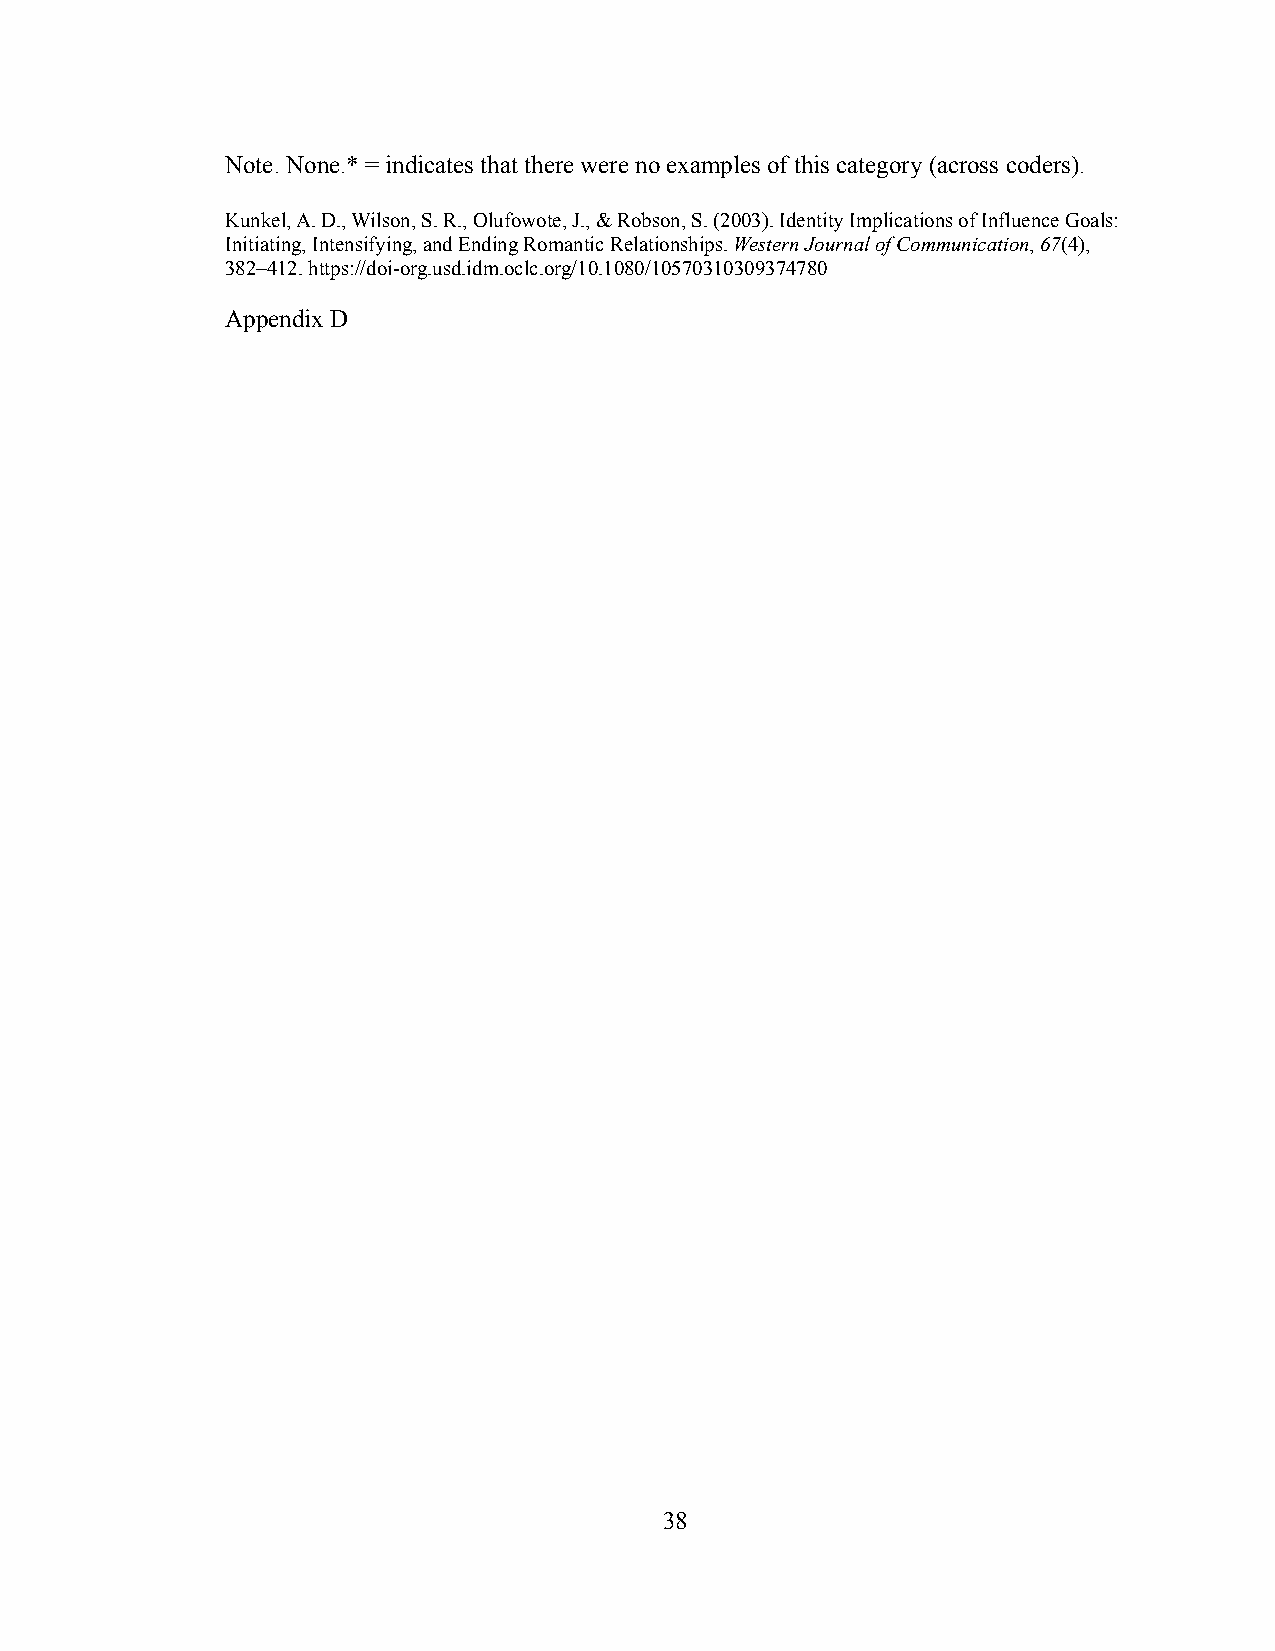
Note. None.* = indicates that there were no examples of this category (across coders).
 Kunkel, A. D., Wilson, S. R., Olufowote, J., & Robson, S. (2003). Identity Implications of Influence Goals:
 Initiating, Intensifying, and Ending Romantic Relationships.Western Journal of Communication,67(4),
 382–412. https://doi-org.usd.idm.oclc.org/10.1080/10570310309374780
 Appendix D
 38